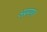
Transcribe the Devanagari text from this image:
अप्रमाण।